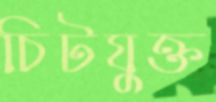
চিটযুক্ত